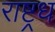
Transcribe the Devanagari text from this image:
राष्ट्रध